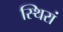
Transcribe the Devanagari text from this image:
स्थिरां